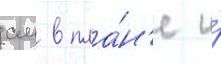
см в пла́н'е и́